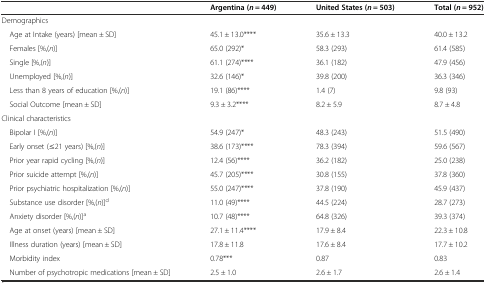
<table><thead><tr><td></td><td><b>Argentina (<i>n</i> = 449)</b></td><td><b>United States (<i>n</i> = 503)</b></td><td><b>Total (<i>n</i> = 952)</b></td></tr></thead><tbody><tr><td>Demographics</td><td></td><td></td><td></td></tr><tr><td> Age at Intake (years) [mean ± SD]</td><td>45.1 ± 13.0****</td><td>35.6 ± 13.3</td><td>40.0 ± 13.2</td></tr><tr><td> Females [%,(<i>n</i>)]</td><td>65.0 (292)*</td><td>58.3 (293)</td><td>61.4 (585)</td></tr><tr><td> Single [%,(<i>n</i>)]</td><td>61.1 (274)****</td><td>36.1 (182)</td><td>47.9 (456)</td></tr><tr><td> Unemployed [%,(<i>n</i>)]</td><td>32.6 (146)*</td><td>39.8 (200)</td><td>36.3 (346)</td></tr><tr><td> Less than 8 years of education [%,(<i>n</i>)]</td><td>19.1 (86)****</td><td>1.4 (7)</td><td>9.8 (93)</td></tr><tr><td> Social Outcome [mean ± SD]</td><td>9.3 ± 3.2****</td><td>8.2 ± 5.9</td><td>8.7 ± 4.8</td></tr><tr><td>Clinical characteristics</td><td></td><td></td><td></td></tr><tr><td> Bipolar I [%,(<i>n</i>)]</td><td>54.9 (247)*</td><td>48.3 (243)</td><td>51.5 (490)</td></tr><tr><td> Early onset (≤21 years) [%,(<i>n</i>)]</td><td>38.6 (173)****</td><td>78.3 (394)</td><td>59.6 (567)</td></tr><tr><td> Prior year rapid cycling [%,(<i>n</i>)]</td><td>12.4 (56)****</td><td>36.2 (182)</td><td>25.0 (238)</td></tr><tr><td> Prior suicide attempt [%,(<i>n</i>)]</td><td>45.7 (205)****</td><td>30.8 (155)</td><td>37.8 (360)</td></tr><tr><td> Prior psychiatric hospitalization [%,(<i>n</i>)]</td><td>55.0 (247)****</td><td>37.8 (190)</td><td>45.9 (437)</td></tr><tr><td> Substance use disorder [%,(<i>n</i>)]<sup>d</sup></td><td>11.0 (49)****</td><td>44.5 (224)</td><td>28.7 (273)</td></tr><tr><td> Anxiety disorder [%,(<i>n</i>)]<sup>a</sup></td><td>10.7 (48)****</td><td>64.8 (326)</td><td>39.3 (374)</td></tr><tr><td> Age at onset (years) [mean ± SD]</td><td>27.1 ± 11.4****</td><td>17.9 ± 8.4</td><td>22.3 ± 10.8</td></tr><tr><td> Illness duration (years) [mean ± SD]</td><td>17.8 ± 11.8</td><td>17.6 ± 8.4</td><td>17.7 ± 10.2</td></tr><tr><td> Morbidity index</td><td>0.78***</td><td>0.87</td><td>0.83</td></tr><tr><td> Number of psychotropic medications [mean ± SD]</td><td>2.5 ± 1.0</td><td>2.6 ± 1.7</td><td>2.6 ± 1.4</td></tr></tbody></table>